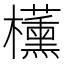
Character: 𬅑